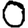
Digit: 0